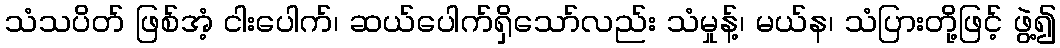
သံသပိတ် ဖြစ်အံ့ ငါးပေါက်၊ ဆယ်ပေါက်ရှိသော်လည်း သံမှုန့်၊ မယ်န၊ သံပြားတို့ဖြင့် ဖွဲ့၍